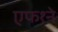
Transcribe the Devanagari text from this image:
एफ१ने